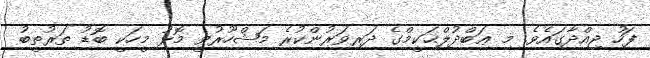
ފަހު ޖިއްދާގައެވެ. މި ޢަބްދުލްޙަކީމްގެ ދަރިވަރުންކުރެ މަޝްހޫރުވީ މޮޅު މީހަކީ ބޮޑު ތަރުތީބު